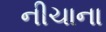
નીચાના